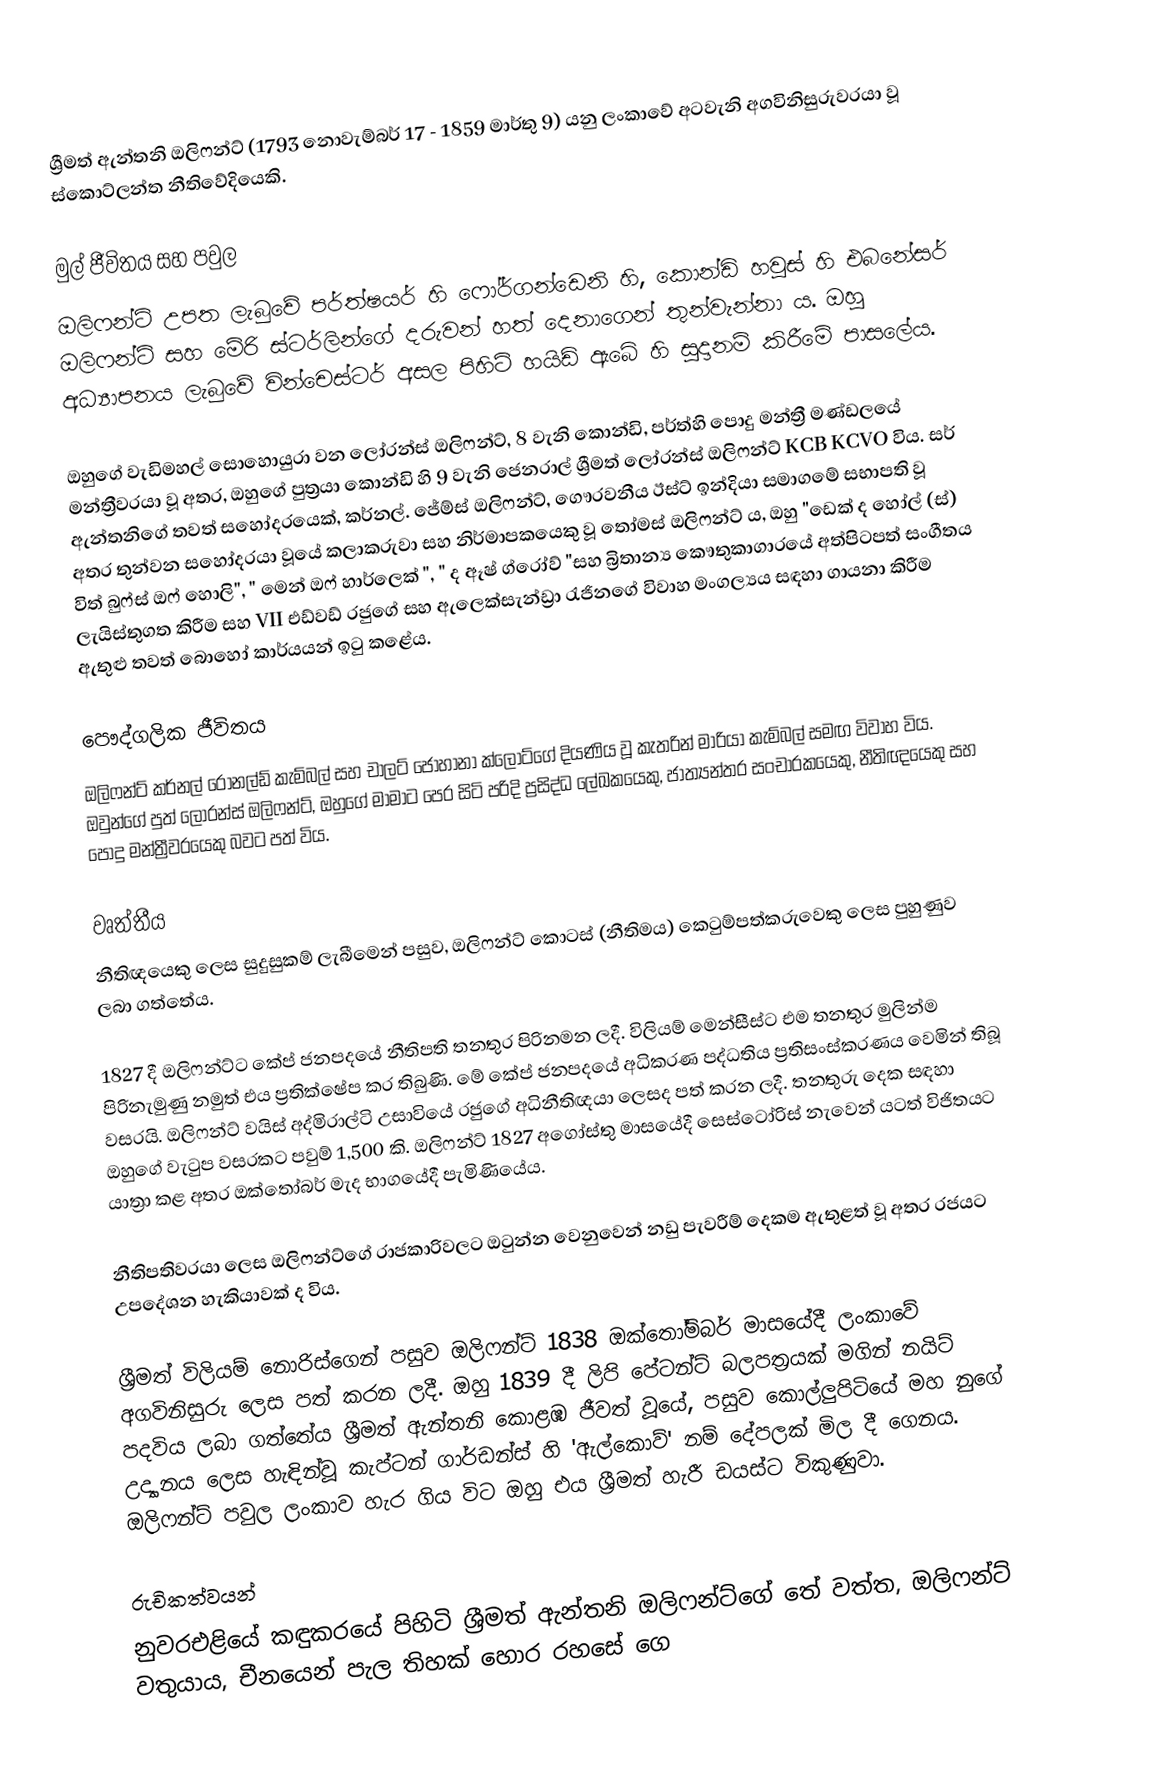
ශ්‍රීමත් ඇන්තනි ඔලිෆන්ට් (1793 නොවැම්බර් 17 - 1859 මාර්තු 9) යනු ලංකාවේ අටවැනි අගවිනිසුරුවරයා වූ ස්කොට්ලන්ත නීතිවේදියෙකි.

මුල් ජීවිතය සහ පවුල
ඔලිෆන්ට් උපත ලැබුවේ පර්ත්ෂයර් හි ෆෝර්ගන්ඩෙනි හි, කොන්ඩි හවුස් හි එබනේසර් ඔලිෆන්ට් සහ මේරි ස්ටර්ලින්ගේ දරුවන් හත් දෙනාගෙන් තුන්වැන්නා ය.   ඔහු අධ්‍යාපනය ලැබුවේ වින්චෙස්ටර් අසල පිහිටි හයිඩ් ඇබේ හි සූදානම් කිරීමේ පාසලේය.

ඔහුගේ වැඩිමහල් සොහොයුරා වන ලෝරන්ස් ඔලිෆන්ට්, 8 වැනි කොන්ඩි, පර්ත්හි පොදු මන්ත්‍රී මණ්ඩලයේ මන්ත්‍රීවරයා වූ අතර, ඔහුගේ පුත්‍රයා කොන්ඩි හි 9 වැනි ජෙනරාල් ශ්‍රීමත් ලෝරන්ස් ඔලිෆන්ට් KCB KCVO විය. සර් ඇන්තනිගේ තවත් සහෝදරයෙක්, කර්නල්. ජේම්ස් ඔලිෆන්ට්, ගෞරවනීය ඊස්ට් ඉන්දියා සමාගමේ සභාපති වූ අතර තුන්වන සහෝදරයා වූයේ කලාකරුවා සහ නිර්මාපකයෙකු වූ තෝමස් ඔලිෆන්ට් ය, ඔහු "ඩෙක් ද හෝල් (ස්) විත් බුෆ්ස් ඔෆ් හොලි", " මෙන් ඔෆ් හාර්ලෙක් ", " ද ඈෂ් ග්රෝව් "සහ බ්‍රිතාන්‍ය කෞතුකාගාරයේ අත්පිටපත් සංගීතය ලැයිස්තුගත කිරීම සහ VII එඩ්වඩ් රජුගේ සහ ඇලෙක්සැන්ඩ්‍රා රැජිනගේ විවාහ මංගල්‍යය සඳහා ගායනා කිරීම ඇතුළු තවත් බොහෝ කාර්යයන් ඉටු කළේය.

පෞද්ගලික ජීවිතය
ඔලිෆන්ට් කර්නල් රොනල්ඩ් කැම්බල් සහ චාලට් ජොහානා ක්ලෝට්ගේ දියණිය වූ කැතරින් මාරියා කැම්බල් සමඟ විවාහ විය.  ඔවුන්ගේ පුත් ලෝරන්ස් ඔලිෆන්ට්, ඔහුගේ මාමාට පෙර සිටි පරිදි ප්‍රසිද්ධ ලේඛකයෙකු, ජාත්‍යන්තර සංචාරකයෙකු, නීතිඥයෙකු සහ පොදු මන්ත්‍රීවරයෙකු බවට පත් විය.

වෘත්තීය
නීතිඥයෙකු ලෙස සුදුසුකම් ලැබීමෙන් පසුව, ඔලිෆන්ට් කොටස් (නීතිමය) කෙටුම්පත්කරුවෙකු ලෙස පුහුණුව ලබා ගත්තේය.

1827 දී ඔලිෆන්ට්ට කේප් ජනපදයේ නීතිපති තනතුර පිරිනමන ලදී. විලියම් මෙන්සීස්ට එම තනතුර මුලින්ම පිරිනැමුණු නමුත් එය ප්‍රතික්ෂේප කර තිබුණි. මේ කේප් ජනපදයේ අධිකරණ පද්ධතිය ප්‍රතිසංස්කරණය වෙමින් තිබූ වසරයි. ඔලිෆන්ට් වයිස් අද්මිරාල්ටි උසාවියේ රජුගේ අධිනීතිඥයා ලෙසද පත් කරන ලදී. තනතුරු දෙක සඳහා ඔහුගේ වැටුප වසරකට පවුම් 1,500 කි. ඔලිෆන්ට් 1827 අගෝස්තු මාසයේදී සෙස්ටෝරිස් නැවෙන් යටත් විජිතයට යාත්‍රා කළ අතර ඔක්තෝබර් මැද භාගයේදී පැමිණියේය.

නීතිපතිවරයා ලෙස ඔලිෆන්ට්ගේ රාජකාරිවලට ඔටුන්න වෙනුවෙන් නඩු පැවරීම් දෙකම ඇතුළත් වූ අතර රජයට උපදේශන හැකියාවක් ද විය.

ශ්‍රීමත් විලියම් නොරිස්ගෙන් පසුව ඔලිෆන්ට් 1838 ඔක්තෝම්බර් මාසයේදී ලංකාවේ අගවිනිසුරු ලෙස පත් කරන ලදී. ඔහු 1839 දී ලිපි පේටන්ට් බලපත්‍රයක් මගින් නයිට් පදවිය ලබා ගත්තේය  ශ්‍රීමත් ඇන්තනි කොළඹ ජීවත් වූයේ, පසුව කොල්ලුපිටියේ මහ නුගේ උද්‍යානය ලෙස හැඳින්වූ කැප්ටන් ගාර්ඩන්ස් හි 'ඇල්කොව්' නම් දේපලක් මිල දී ගෙනය. ඔලිෆන්ට් පවුල ලංකාව හැර ගිය විට ඔහු එය ශ්‍රීමත් හැරී ඩයස්ට විකුණුවා.

රුචිකත්වයන්
නුවරඑළියේ කඳුකරයේ පිහිටි ශ්‍රීමත් ඇන්තනි ඔලිෆන්ට්ගේ තේ වත්ත, ඔලිෆන්ට් වතුයාය, චීනයෙන් පැල තිහක් හොර රහසේ ගෙ